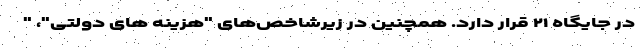
در جایگاه ۲۱ قرار دارد. همچنین در زیرشاخص‌های "هزینه های دولتی"، "